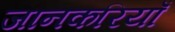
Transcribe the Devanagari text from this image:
जानकरियाँ